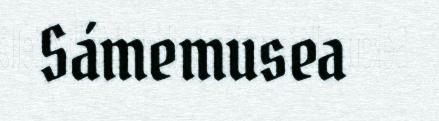
Sámemusea